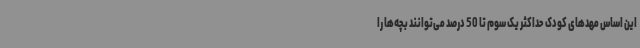
این اساس مهدهای کودک حداکثر یک سوم تا 50 درصد می‌توانند بچه‌ها را